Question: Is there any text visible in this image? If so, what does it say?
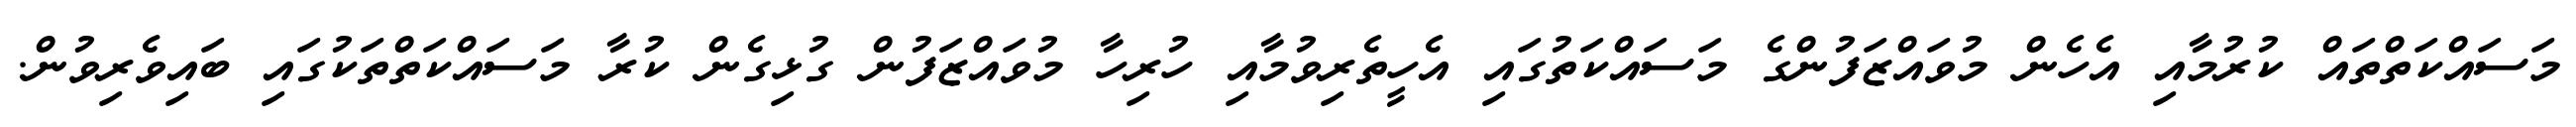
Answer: މަސައްކަތްތައް ކުރުމާއި އެހެން މުވައްޒަފުންގެ މަސައްކަތުގައި އެހީތެރިވުމާއި ހުރިހާ މުވައްޒަފުން ގުޅިގެން ކުރާ މަސައްކަތްތަކުގައި ބައިވެރިވުން.